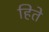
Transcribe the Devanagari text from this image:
हिते